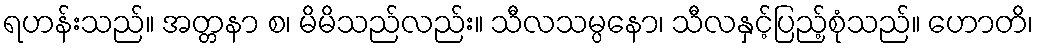
ရဟန်းသည်။ အတ္တနာ စ၊ မိမိသည်လည်း။ သီလသမ္ပနော၊ သီလနှင့်ပြည့်စုံသည်။ ဟောတိ၊